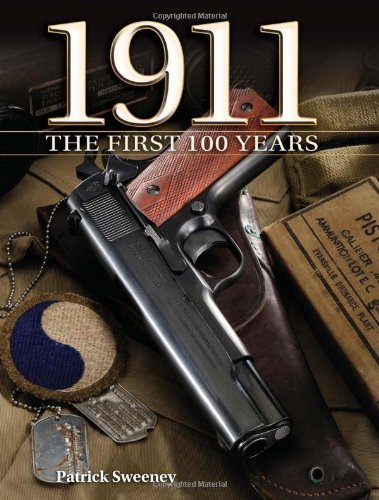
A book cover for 1911 The First 100 Years; Patrick Sweeney; Crafts, Hobbies & Home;